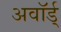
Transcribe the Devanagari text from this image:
अवॉर्ड्